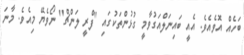
ބަހެއް އޮވެއެވެ. އެއީ ބައިނަލްއަގުވާމީ ގުޅުންތަކުގައި "ފްރީ ލަންޗް" ނޯވެޔޭ މިއެވެ. މާނަ